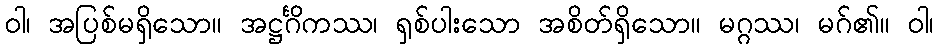
ဝါ၊ အပြစ်မရှိသော။ အဋ္ဌင်္ဂိကဿ၊ ရှစ်ပါးသော အစိတ်ရှိသော။ မဂ္ဂဿ၊ မဂ်၏။ ဝါ၊